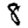
Digit: 8